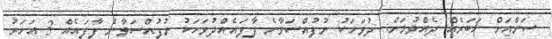
ސަންއަށް ޚަބަރެއް ދެއްވުމަށް: ދުވަހަކު ނުފުއްސަވާނެ ފާފައެއްދުވަހަކު ނުފުއްސަވާނެ ފާފައެއް 3 އަހަރު